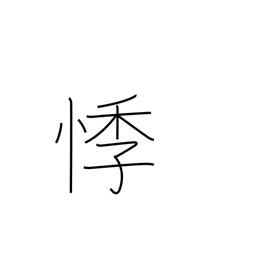
Meaning: shudder